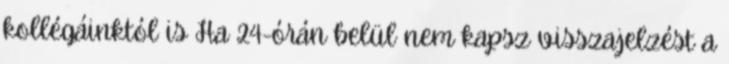
kollégáinktól is Ha 24-órán belül nem kapsz visszajelzést a